Source: Handwritten
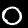
Digit: ၀ (0)